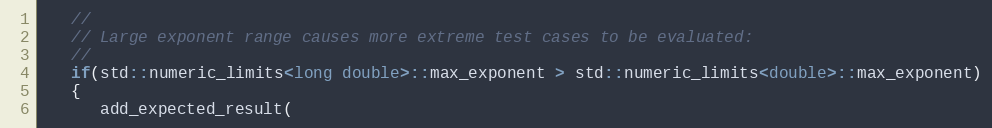
Language: C++
   //
   // Large exponent range causes more extreme test cases to be evaluated:
   //
   if(std::numeric_limits<long double>::max_exponent > std::numeric_limits<double>::max_exponent)
   {
      add_expected_result(